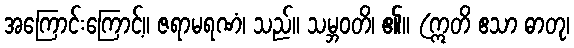
အကြောင်းကြောင့်။ ဇရာမရဏံ၊ သည်။ သမ္ဘဝတိ၊ ၏။ (ဣတိ ဧသာ ဓာတု၊